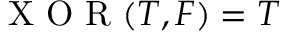
\mathrm { ~ X ~ O ~ R ~ } ( T , F ) = T